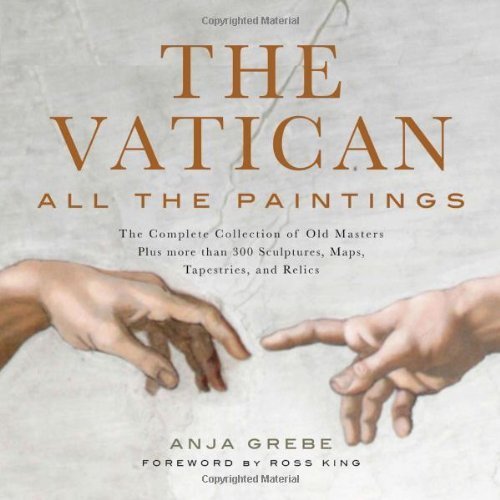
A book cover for The Vatican: All the Paintings: The Complete Collection of Old Masters, Plus More Than 300 Sculptures, Maps, Tapestries, and Relics: The Complete ... Maps, Tapestries, and Other Artifacts by Anje Grebe, Ross King (2013) Hardcover; Travel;